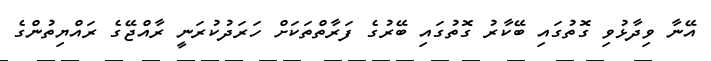
އޭނާ ވިދާޅުވި ގޮތުގައި ބޭކާރު ގޮތުގައި ބޭރުގެ ފަރާތްތަކަށް ހަރަދުކުރަނީ ރާއްޖޭގެ ރައްޔިތުންގެ